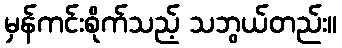
မှန်ကင်းစိုက်သည့် သဘွယ်တည်း။